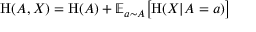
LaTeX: \mathrm { H } ( A , X ) = \mathrm { H } ( A ) + \mathbb { E } _ { a \sim A } { \big [ } \mathrm { H } ( X | A = a ) { \big ] }